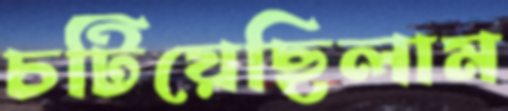
চটিয়েছিলাম